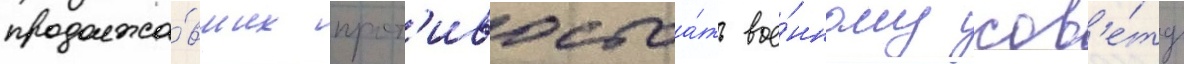
продолжа́вших прот'ивостоа́ть вое́нному сов'е́ту